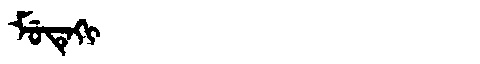
Manchu: ᠮᡠᡨᡝᡴᡳ
Romanization: MUTEKI